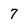
Character: 7